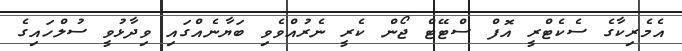
އެމެރިކާގެ ސެކެޓްރީ އޮފް ސްޓޭޓް ޖޯން ކެރީ ނެރުއްވެވި ބަޔާނެއްގައި ވިދާޅުވީ ސުލްހައިގެ